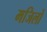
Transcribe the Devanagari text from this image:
मजिलों